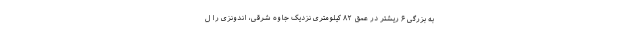
به بزرگی ۶ ریشتر در عمق ۸۲ کیلومتری نزدیک جاوه شرقی، اندونزی را ل